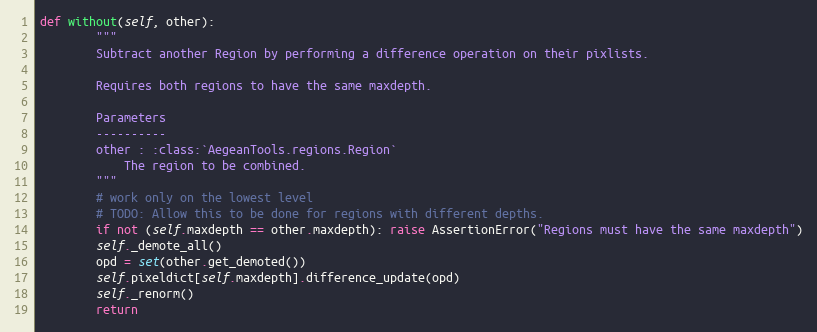
Language: Python
def without(self, other):
        """
        Subtract another Region by performing a difference operation on their pixlists.

        Requires both regions to have the same maxdepth.

        Parameters
        ----------
        other : :class:`AegeanTools.regions.Region`
            The region to be combined.
        """
        # work only on the lowest level
        # TODO: Allow this to be done for regions with different depths.
        if not (self.maxdepth == other.maxdepth): raise AssertionError("Regions must have the same maxdepth")
        self._demote_all()
        opd = set(other.get_demoted())
        self.pixeldict[self.maxdepth].difference_update(opd)
        self._renorm()
        return